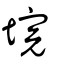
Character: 垸